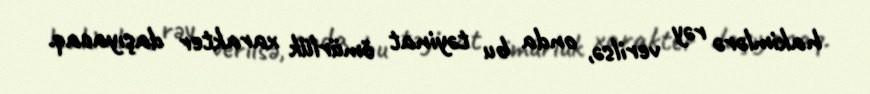
hakimlərə rəy verilsə, onda bu təyinat ömürlük xarakter daşıyacaq.